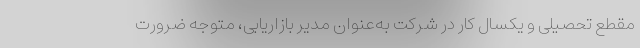
مقطع تحصیلی و یکسال کار در شرکت به‌عنوان مدیر بازاریابی، متوجه ضرورت